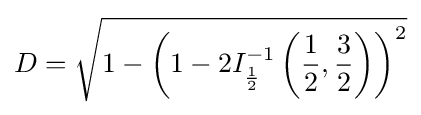
D={\sqrt {1-\left(1-2I_{\frac {1}{2}}^{-1}\left({\frac {1}{2}},{\frac {3}{2}}\right)\right)^{2}}}